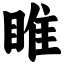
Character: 睢